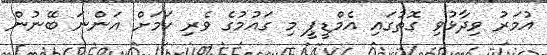
އުމަރު ވިދާޅުވި ގޮތުގައި އެމްޑީޕީ މި ގައުމުގެ ވެރި ކަމަށް އަންނަ ބޭނުން